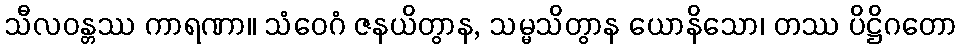
သီလဝန္တဿ ကာရဏာ။ သံဝေဂံ ဇနယိတွာန, သမ္မသိတွာန ယောနိသော၊ တဿ ပိဋ္ဌိဂတော